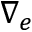
\nabla _ { e }